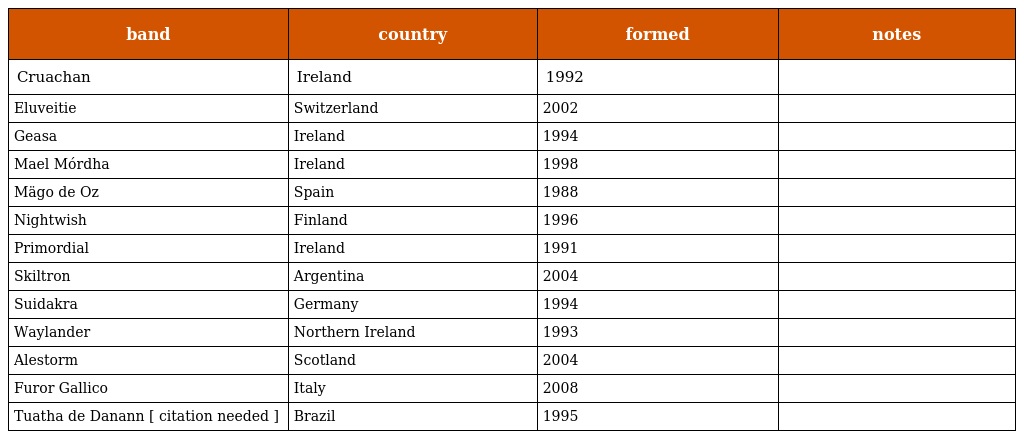
| band | country | formed | notes |
 | --- | --- | --- | --- |
 | Cruachan | Ireland | 1992 |  |
 | Eluveitie | Switzerland | 2002 |  |
 | Geasa | Ireland | 1994 |  |
 | Mael Mórdha | Ireland | 1998 |  |
 | Mägo de Oz | Spain | 1988 |  |
 | Nightwish | Finland | 1996 |  |
 | Primordial | Ireland | 1991 |  |
 | Skiltron | Argentina | 2004 |  |
 | Suidakra | Germany | 1994 |  |
 | Waylander | Northern Ireland | 1993 |  |
 | Alestorm | Scotland | 2004 |  |
 | Furor Gallico | Italy | 2008 |  |
 | Tuatha de Danann [ citation needed ] | Brazil | 1995 |  |